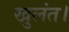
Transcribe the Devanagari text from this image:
खुलंत।